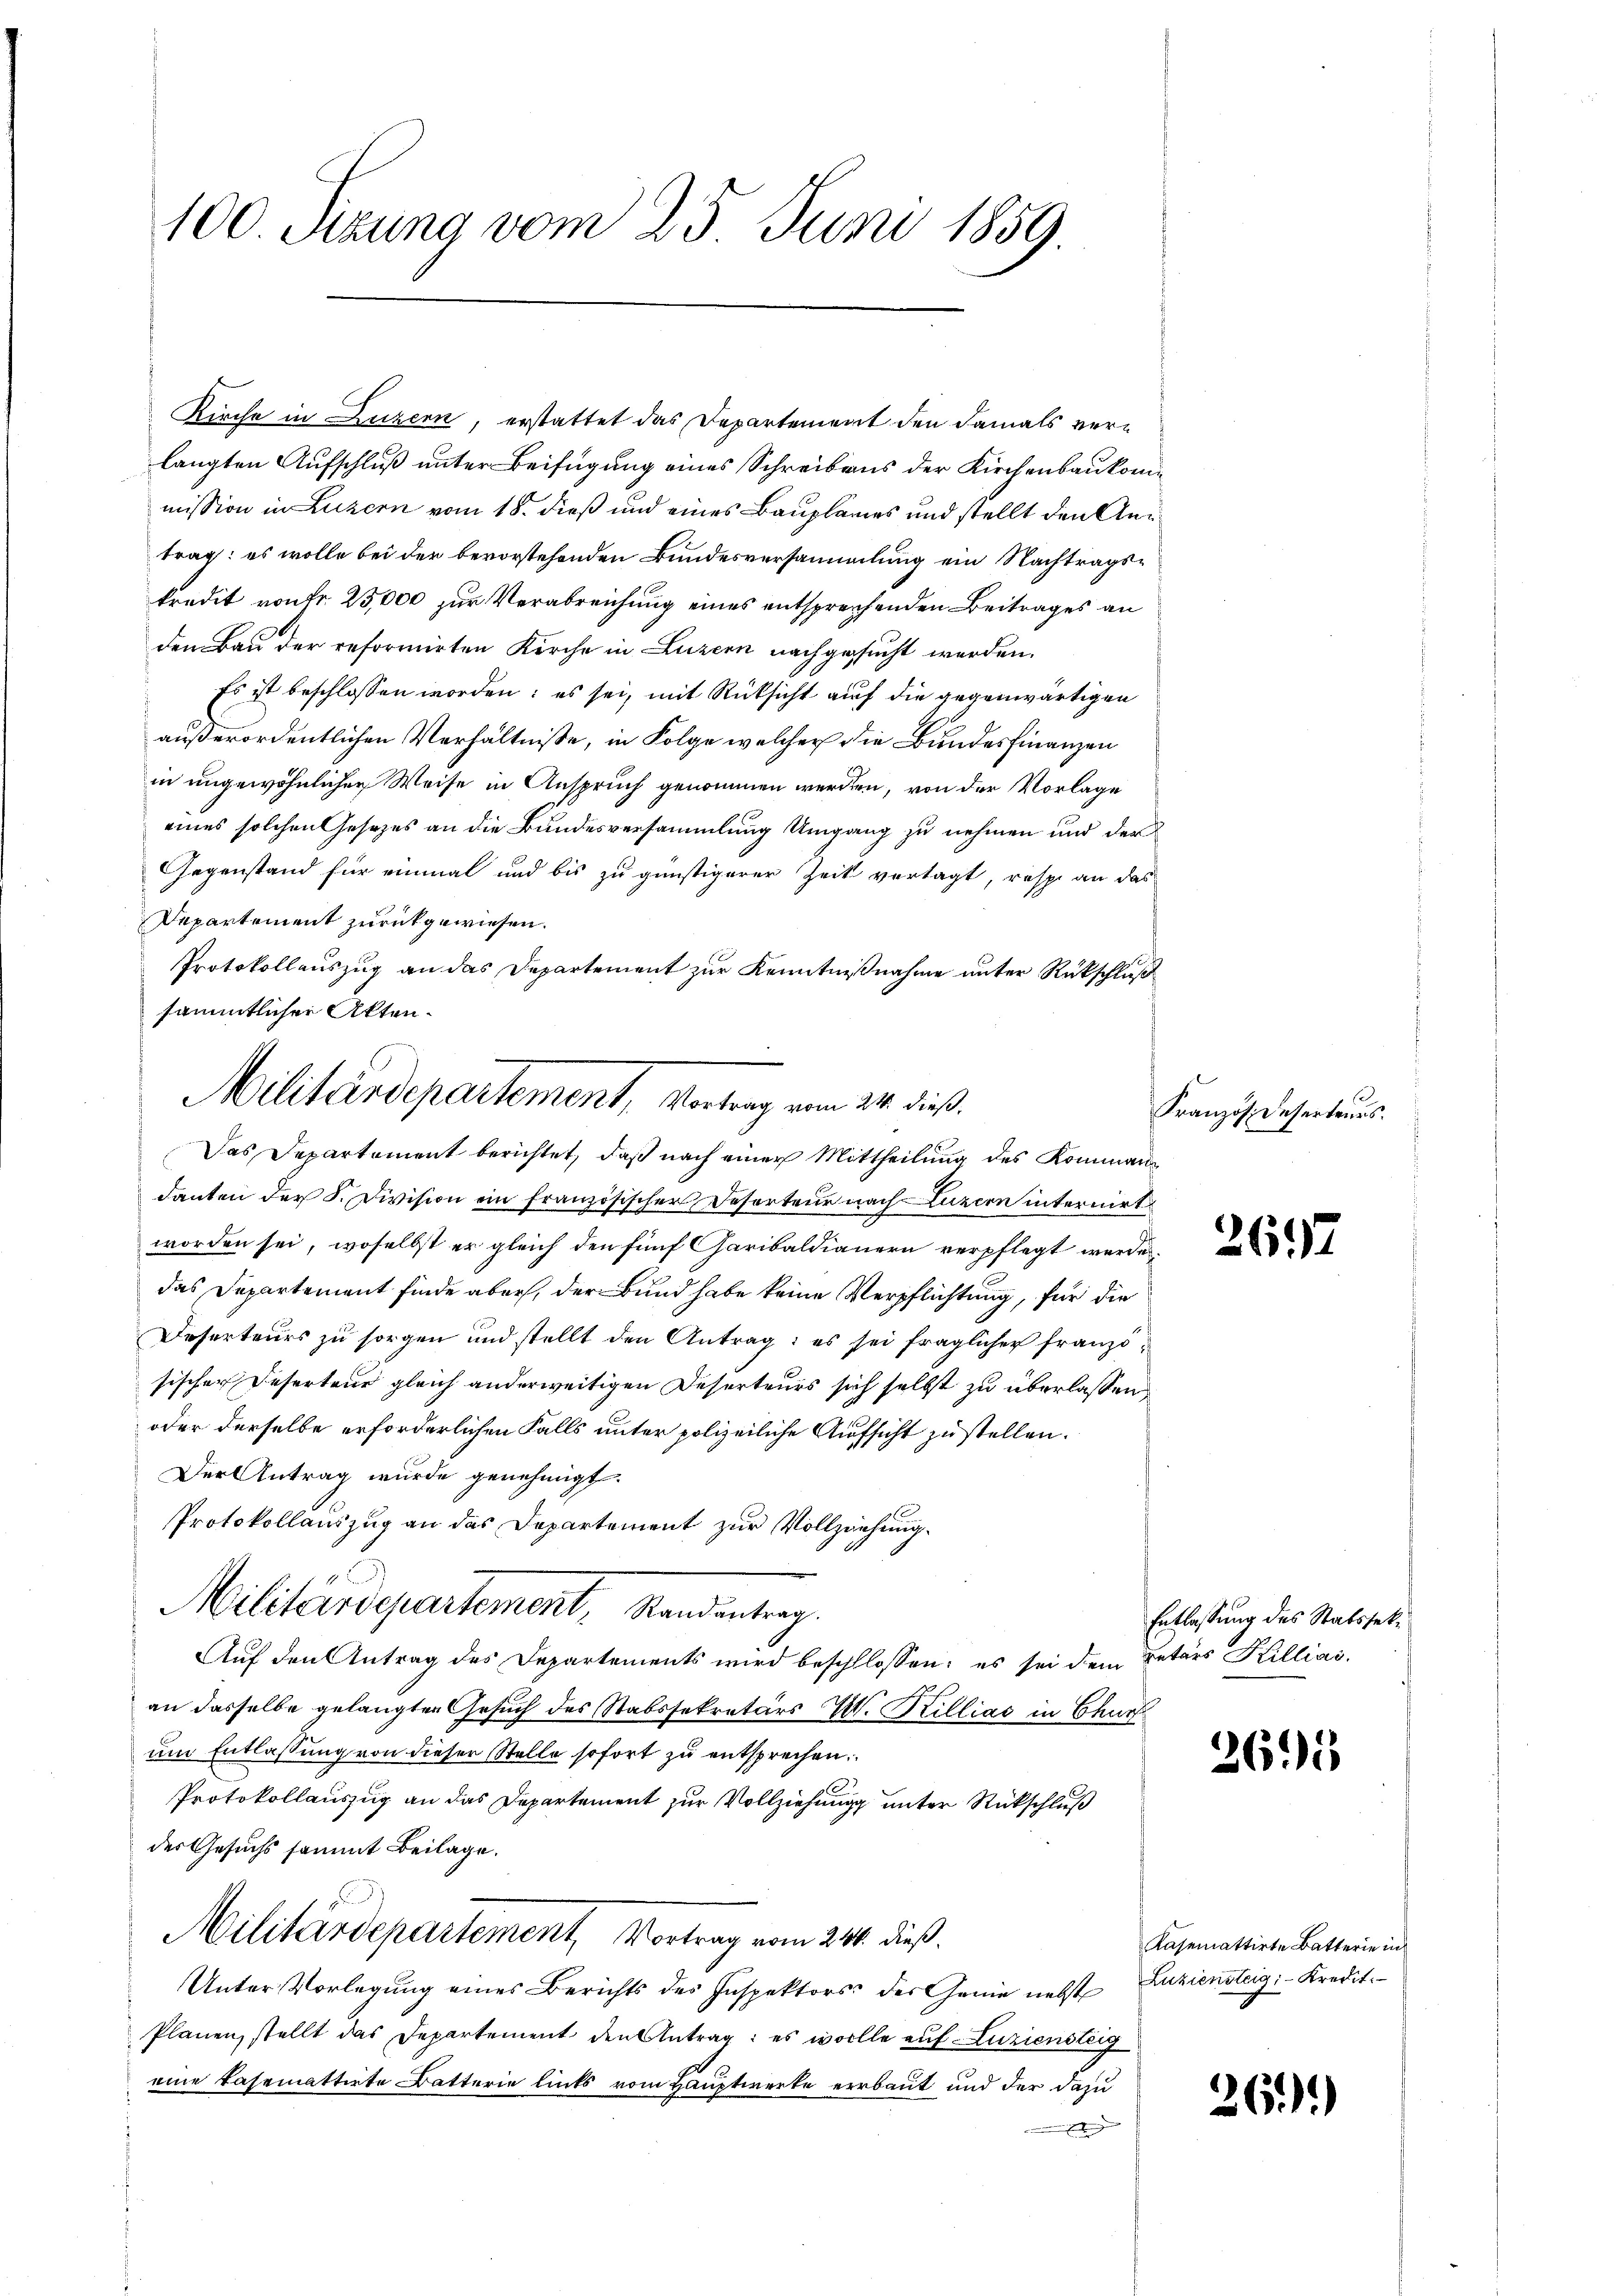
100. Sizung vom 25. Juni 1859

Kirche in Luzern, erstattet das Departement den damals verlangten Aufschluß unter Beifügung eines Schreibens der Kirchenbaukommission in Luzern vom 18. dieß und eines Bauplanes und stellt den Antrag: es wolle bei der bevorstehenden Bundesversammlung ein Nachtragskredit vonFr. 25,000 zur Verabreichung eines entsprechenden Beitrages an
den Bau der reformirten Kirche in Luzern nachgesucht werden.
 Es ist beschlossen worden: es sei, mit Rücksicht auf die gegenwärtigen
außerordentlichen Verhältnisse, in Folge welcher die Bundesfinanzen
in ungewöhnlichen Weise in Anspruch genommen werden, von der Vorlage
eines solchen Gesezes an die Bundesversammlung Umgang zu nehmen und der
Gegenstand für einmal und bis zu günstigerer Zeit vertagt, resp. an das
Departement zurückgewiesen.
Protokollauszug an das Departement zur Kenntnißnahme unter Rückschluß
sämmtlicher Akten.
danten der S. Division ein französischer Desorteur nach Luzern internirt
worden sei, woselbst er gleich den fünf Garibaldianern verpflegt werden.
das Departement finde aber, der Bund habe keine Verpflichtung, für die
Deserteurs zu sorgen und stellt den Antrag: es sei fraglicher französischer Deserteur gleich anderweitigen Deserteurs sich selbst zu überlassen
oder derselbe erforderlichen Falls unter polizeiliche Aufsicht zu stellen.
Der Antrag wurde genehmigt.
Protokollauszug an das Departement zur Vollziehung.
Militärdepartement, Standentrag.
Auf den Antrag des Departements wird beschlossen: es sei dem Betärs Killias
an dasselbe gelangten Gesuch des Stabssekretärs Wit. Killias in Chur
ŭm Entlassŭng von dieser Stelle sofort zŭ entsprechen.
Protokollauszug an das Departement zur Vollziehung unter Rückschluß
des Gesuchs sammt Beilage.
Militärdepartement, Vortrag vom 24. dieß.
Unter Vorlegung eines Berichts des Inspektors des Genie nebst Zuziensteig: Kredit
Planen, stellt das Departement den Antrag: es wolle auf Luziensteig
eine kasemattirte Batterie links vom Hauptwerke errbaut und der dazu

Militärdepartement, Vortrag vom 24. dieß.
Das Departement berichtet, daß nach einer Mittheilung des Komman¬

Französ. Deserteurs.

2697

Entlassung des Statssek¬

265

Kasemattirte Batterie in

26.)